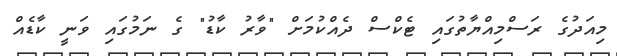
މިއަދުގެ ރަސްމިއްޔާތުގައި ޓެކްސް ދެއްކުމަށް "ވާރު ކާޑު" ގެ ނަމުގައި ވަނީ ކާޑެއް